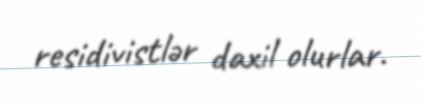
residivistlər daxil olurlar.